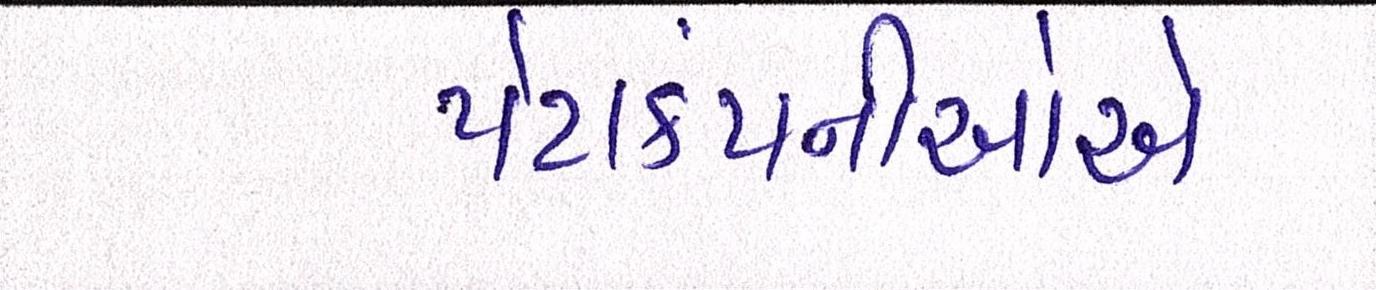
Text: પેટાકંપનીઓએ